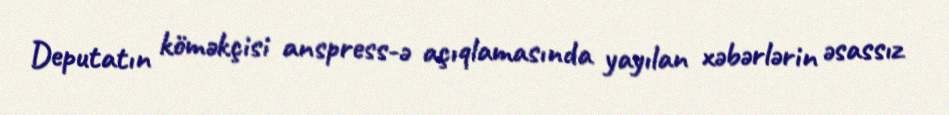
Deputatın köməkçisi anspress-ə açıqlamasında yayılan xəbərlərin əsassız